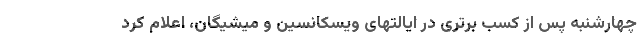
چهارشنبه پس از کسب برتری در ایالتهای ویسکانسین و میشیگان، اعلام کرد